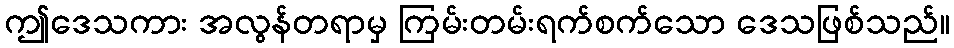
ဤဒေသကား အလွန်တရာမှ ကြမ်းတမ်းရက်စက်သော ဒေသဖြစ်သည်။